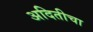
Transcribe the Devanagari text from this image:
अदितीचा